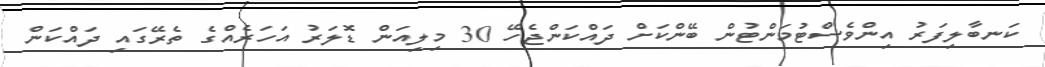
ކަނބާލިފަރު އިންވެސްޓުމަންޓުން ބޭންކަށް ދައްކަންޖެހޭ 30 މިލިއަން ޑޮލަރު އަހަރެއްގެ ތެރޭގައި ދައްކަން